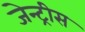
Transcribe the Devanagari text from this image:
जेन्ट्रीस